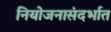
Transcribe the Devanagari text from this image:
नियोजनासंदर्भात